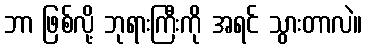
ဘာ ဖြစ်လို့ ဘုရားကြီးကို အရင် သွားတာလဲ။